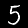
Digit: 5